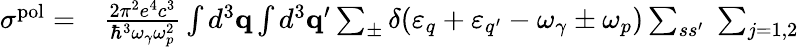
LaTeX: \begin{array}{rl}{\sigma^{\mathrm{pol}}=}&{{}\frac{2\pi^{2}e^{4}c^{3}}{\hbar^{3}\omega_{\gamma}\omega_{p}^{2}}\int d^{3}{\mathbf q}\int d^{3}{\mathbf q}^{\prime}\sum_{\pm}\delta(\varepsilon_{q}+\varepsilon_{q^{\prime}}-\omega_{\gamma}\pm\omega_{p})\sum_{ss^{\prime}}\; \sum_{j=1,2}}\end{array}